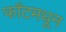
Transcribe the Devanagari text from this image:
फाँटमधून